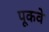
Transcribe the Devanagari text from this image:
पूकवे